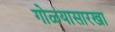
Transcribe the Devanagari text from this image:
गोळ्यासारखा